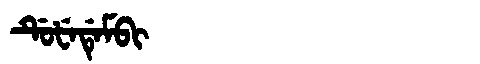
Manchu: ᡩᡠᡶᡝᡩᡝᠮᠪᡳ
Romanization: DUFEDEMBI